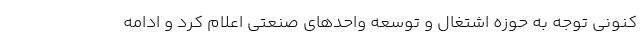
کنونی توجه به حوزه اشتغال و توسعه واحدهای صنعتی اعلام کرد و ادامه